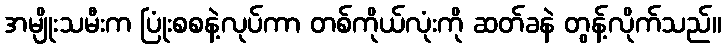
အမျိုးသမီးက ပြုံးစစနဲ့လုပ်ကာ တစ်ကိုယ်လုံးကို ဆတ်ခနဲ တွန့်လိုက်သည်။